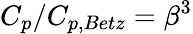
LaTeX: C_{p}/C_{p,Betz}=\beta^{3}